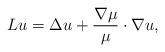
LaTeX: \begin{align*}Lu=\Delta u+\frac{\nabla \mu}{\mu}\cdot\nabla u,\end{align*}